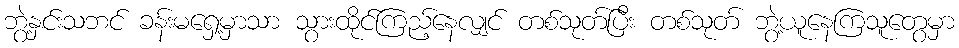
ဘွဲ့နှင်းသဘင် ခန်းမရှေ့မှာသာ သွားထိုင်ကြည့်နေလျှင် တစ်သုတ်ပြီး တစ်သုတ် ဘွဲ့ယူနေကြသူတွေမှာ